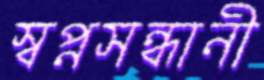
স্বপ্নসন্ধানী